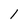
Character: 1